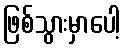
ဖြစ်သွားမှာပေါ့